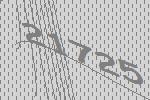
21725